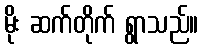
မိုး ဆက်တိုက် ရွာသည်။